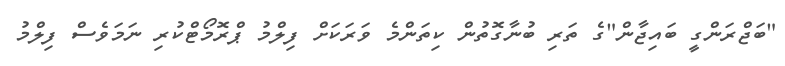
"ބަޖްރަންގީ ބައިޖާން"ގެ ތަރި ބުނާގޮތުން ކިތަންމެ ވަރަކަށް ފިލްމު ޕްރޮމޯޓްކުރި ނަމަވެސް ފިލްމު